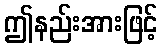
ဤနည်းအားဖြင့်